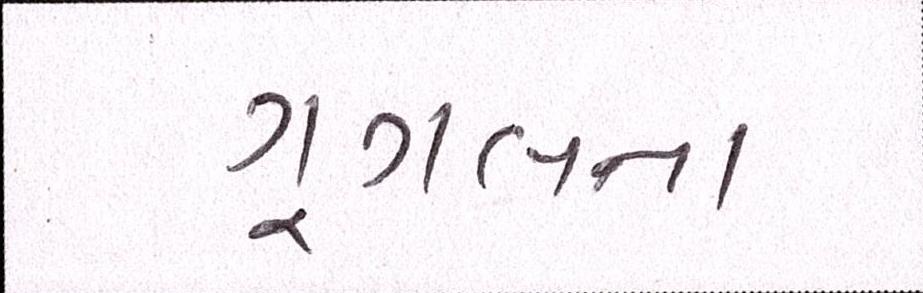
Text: ગૂગલના